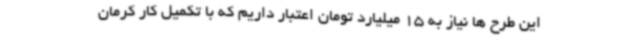
این طرح ها نیاز به 15 میلیارد تومان اعتبار داریم که با تکمیل کار کرمان